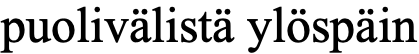
puolivälistä ylöspäin